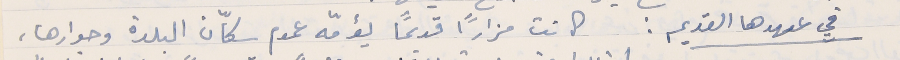
في عهدها القديم : كانت مزاراً قديماً يؤمّه عموم سكّان البلدة وجوارها،